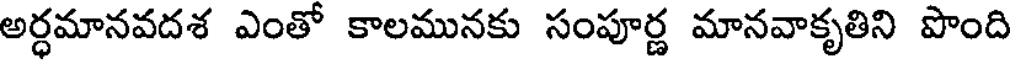
అర్ధమానవదశ ఎంతో కాలమునకు సంపూర్ణ మానవాకృతిని పొంది